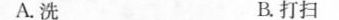
A. 洗 B.打扫